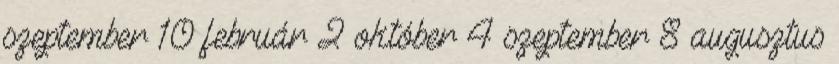
szeptember 10 február 2 október 4 szeptember 8 augusztus